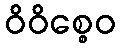
ဝိဝိစ္စေဝ